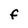
Character: f